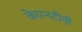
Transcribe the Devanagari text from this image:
केएनटीवी